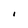
Character: I